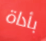
بأداة